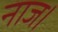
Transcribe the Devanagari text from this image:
नाज।